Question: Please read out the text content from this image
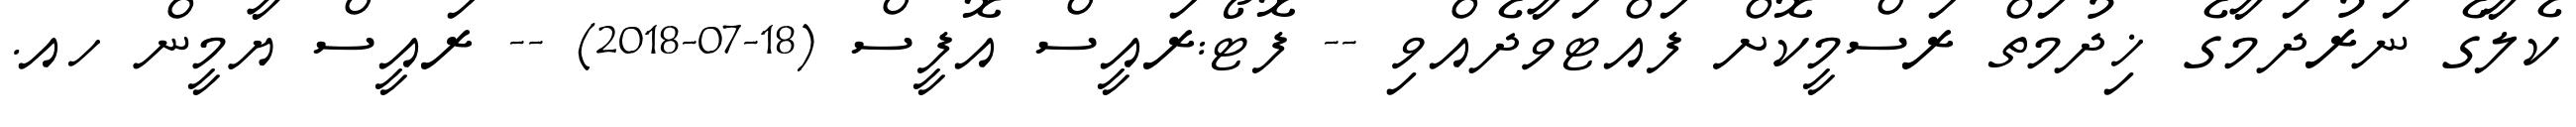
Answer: ކެލާގެ ނަރުދަމާގެ ޚިދުމަތް ރަސްމީކޮށް ފައްޓަވާދެއްވި -- ފޮޓޯ:ރައީސް އޮފީސް (18-07-2018) -- ރައީސް ޔާމީން ހއ.